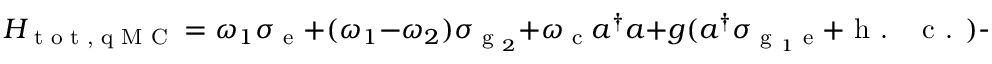
H _ { \textrm { t o t , q M C } } = \omega _ { 1 } \sigma _ { \textrm { e } } + ( \omega _ { 1 } - \omega _ { 2 } ) \sigma _ { \textrm { g } _ { 2 } } + \omega _ { \textrm { c } } a ^ { \dagger } a + g ( a ^ { \dagger } \sigma _ { \textrm { g } _ { 1 } \textrm { e } } + \textrm { h . ~ c . } ) + \frac { \Omega } { 2 } ( \sigma _ { \textrm { g } _ { 2 } \textrm { e } } e ^ { i \omega _ { \textrm { p } \mathrm { { ' } } } t } + \textrm { h . ~ c . } ) + \epsilon ( a e ^ { i \omega _ { \textrm { p } } t } + \textrm { h . ~ c . } ) ,